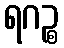
ရဂဉ္စ